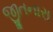
જીતનારા